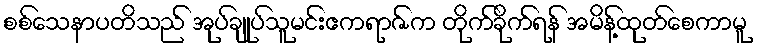
စစ်သေနာပတိသည် အုပ်ချုပ်သူမင်းဧကရာဇ်က တိုက်ခိုက်ရန် အမိန့်ထုတ်စေကာမူ